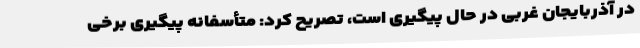
در آذربایجان غربی در حال پیگیری است، تصریح کرد: متأسفانه پیگیری برخی